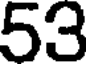
53